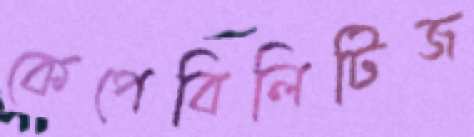
কেপেবিলিটিজ